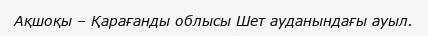
Ақшоқы – Қарағанды облысы Шет ауданындағы ауыл.